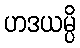
ဟဒယမ္ပိ